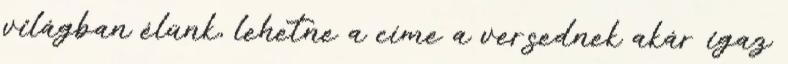
világban élünk, lehetne a címe a versednek akár igaz